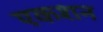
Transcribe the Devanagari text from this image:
एकशन